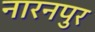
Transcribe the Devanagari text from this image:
नारनपुर